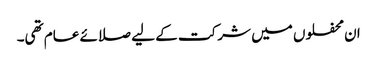
ان محفلوں میں شرکت کے لیے صلائے عام تھی۔